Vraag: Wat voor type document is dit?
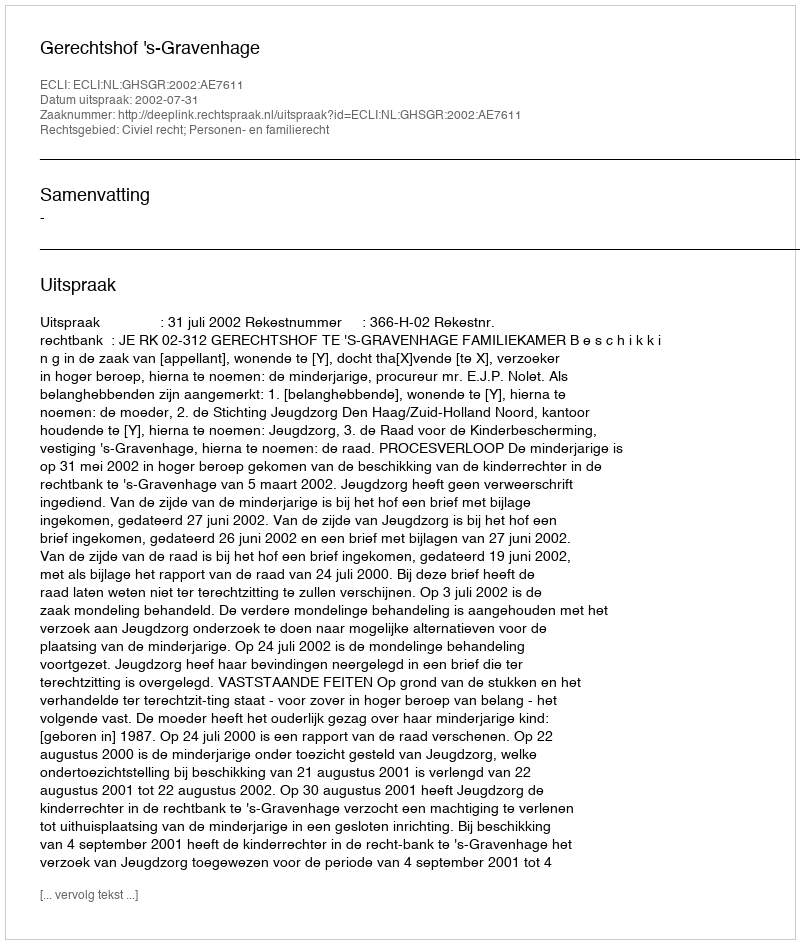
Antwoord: Uitspraak